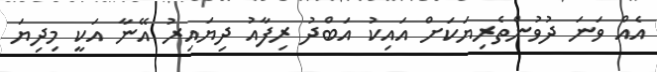
އެއް ވަނަ ދުވުންތެރިޔަކަށް އައިކު އަބްދު ރިފާއު ދިޔައިރު އޭނާ އަކީ މިދިޔަ